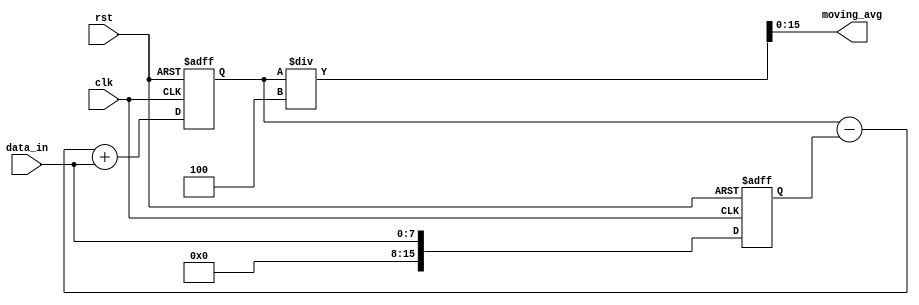
module moving_average_accumulator(
  input wire clk,
  input wire rst,
  input wire [7:0] data_in,
  output reg [15:0] moving_avg
);

reg [15:0] sum;
reg [15:0] prev_data;

parameter n = 4; // Number of previous input values to consider for moving average

always @(posedge clk or posedge rst) begin
  if (rst) begin
    sum <= 8'd0;
    prev_data <= 8'd0;
  end else begin
    sum <= sum - prev_data + data_in; // Update sum by subtracting previous input and adding new input
    prev_data <= data_in; // Keep track of previous input
  end
end

always @* begin
  moving_avg = sum / n; // Calculate moving average by dividing sum by n
end

endmodule